Report on lock hospitals in British Burma
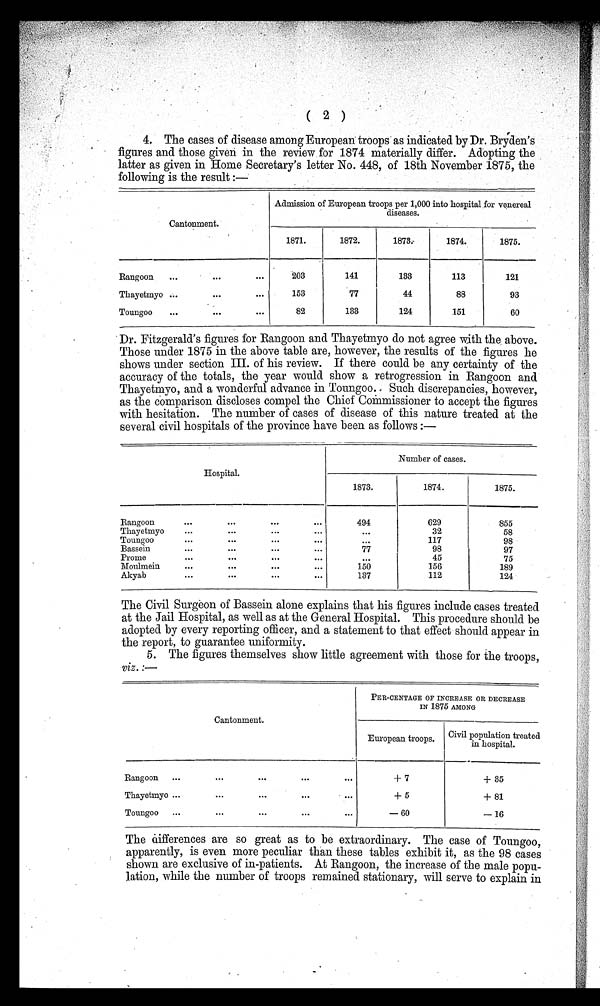
( 2 )
4. The cases of disease among European troops as indicated by Dr. Bryden's
figures and those given in the review for 1874 materially differ. Adopting the
latter as given in Home Secretary's letter No. 448, of 18th November 1875, the
following is the result :—
Cantonment.
Admission of European troops per 1,000 into hospital for venereal
diseases.
1871.
1872.
1873.
1874.
1875.
Rangoon
...
•••
...
2 0 3
141
133
113
121
Thayetmyo ...
• • .
...
153
77
44
88
93
Toungoo
...
...
...
82
133
124
151
60
Dr. Fitzgerald's figures for Rangoon and Thayetmyo do not agree with the, above.
Those under 1875 in. the above table are, however, the results of the figures he
shows under section III. of his review. If there could be any certainty of the
accuracy of the totals, the year would show a retrogression in Rangoon and
Thayetmyo, and a wonderful advance in Toungoo. Such discrepancies, however,
as the Comparison discloses compel the Chief Commissioner to accept the figures
with hesitation. The number of cases of disease of this nature treated at the
several civil hospitals of the province have been as follows :—
Hospital.
Number of cases.
1873.
1874.
1875.
Rangoon
•••
...
...
...
494
629
855
Thayetmyo
•••
. . .
...
•••
•••
32
58
Toungoo
•••
. . .
...
...
...
117
98
Bassein
...
. . .
•••
•••
77
98
97
Promo
. . . .
. .
•••
•••
•• ...
45
75
Moulmein
•••
...
...
...
150
156
189
Akyab
...
...
...
...
137
112
124
The Civil Surgeon of Bassein alone explains that his figures include cases treated
at the Jail Hospital, as well as at the General Hospital. This procedure should be
adopted by every reporting officer, and a statement to that effect should appear in
the report, to guarantee uniformity.
5. The figures themselves show little agreement with those for the troops,
viz. :—
Cantonment.
PER-CENTAGE OF INCREASE OR DECREASE
IN 1875 AMONG
European troops.
Civil population treated
in hospital.
Rangoon
...
•••
•••
•••
...
+ 7
+ 35
Thayetmyo ...
...
•••
...
+ 5
+ 8 1
Toungoo... ... ••• ••• ...
— 60
— 16
The differences are so great as to be extraordinary. The case of Toungoo,
apparently, is even more peculiar than these tables exhibit it, as the 98 cases
shown are exclusive of in-patients. At Rangoon, the increase of the male popu-
lation, while the number of troops remained stationary, will serve to explain in